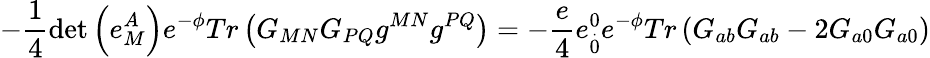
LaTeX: -\frac{1}{4}\operatorname*{det}\left(e_{M}^{A}\right)e^{-\phi}Tr\left(G_{MN}G_{PQ}g^{MN}g^{PQ}\right)=-\frac{e}{4}e_{\stackrel{.}{0}}^{0}e^{-\phi}Tr\left(G_{ab}G_{ab}-2G_{a0}G_{a0}\right)